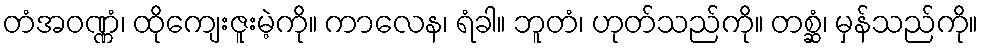
တံအဝဏ္ဏံ၊ ထိုကျေးဇူးမဲ့ကို။ ကာလေန၊ ရံခါ။ ဘူတံ၊ ဟုတ်သည်ကို။ တစ္ဆံ၊ မှန်သည်ကို။